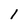
Character: 1